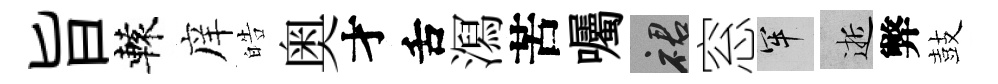
旨轅庠皓奥才舌㵼苦囑裙窓牢逝弊鼓